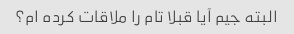
البته جیم آیا قبلا تام را ملاقات کرده ام؟